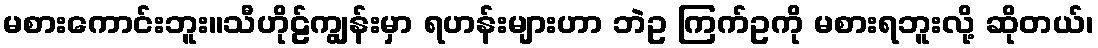
မစားကောင်းဘူး။သီဟိုဠ်ကျွန်းမှာ ရဟန်းများဟာ ဘဲဥ ကြက်ဥကို မစားရဘူးလို့ ဆိုတယ်၊